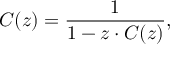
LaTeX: C ( z ) = { \frac { 1 } { 1 - z \cdot C ( z ) } } ,